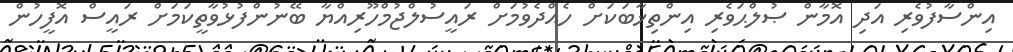
އިންސާފުވެރި އަދި އޮމާން ޞުލްޙަވެރި އިންތިޚާބަކަށް ހެއްދެވުމަށް ރައީސުލްޖުމްހޫރިއްޔާ ބޭނުންފުޅުވާތީކަމަށް ރައީސް އޮފީހުން